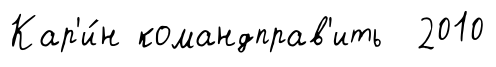
Кар'и́н командправ'ить 2010